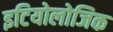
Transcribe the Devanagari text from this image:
इटियोलोजिक